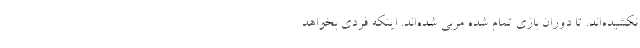
نکشیده‌اند. تا دوران بازی تمام شده مربی شده‌اند. اینکه فردی بخواهد